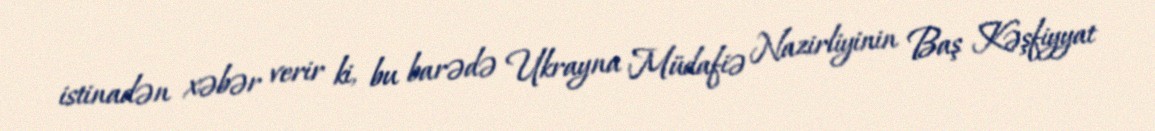
istinadən xəbər verir ki, bu barədə Ukrayna Müdafiə Nazirliyinin Baş Kəşfiyyat